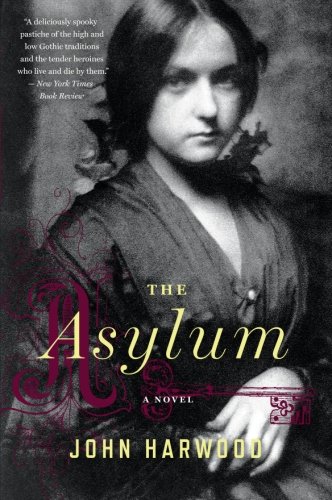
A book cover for The Asylum; John Harwood; Literature & Fiction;